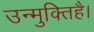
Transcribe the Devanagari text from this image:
उन्मुक्तिहै।